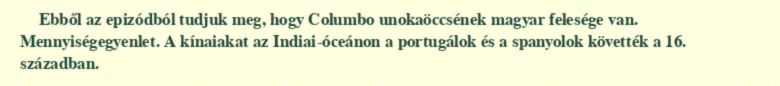
Ebből az epizódból tudjuk meg, hogy Columbo unokaöccsének magyar felesége van. Mennyiségegyenlet. A kínaiakat az Indiai-óceánon a portugálok és a spanyolok követték a 16. században.